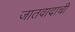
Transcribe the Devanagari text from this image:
जातवादाची